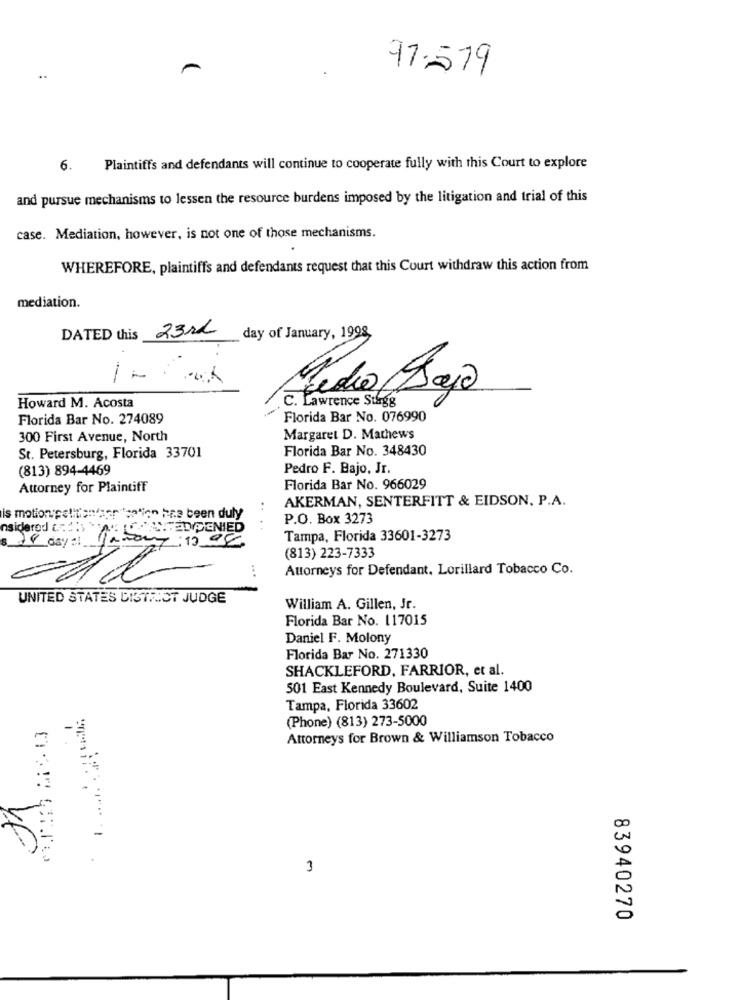
91.579
6.
Plaintiffs and defendants will continue to cooperate fully with this Court to explore
and pursue mechanisms to lessen the resource burdens imposed by the litigation and trial of this
case. Mediation, however, is not one of those mechanisms.
WHEREFORE, plaintiffs and defendants request that this Court withdraw this action from
mediation.
23rd
DATED this
day of January, 1998
c. Lawrence Stagg
Howard M. Acosta
Medio Bajo
Florida Bar No. 274089
Florida Bar No. 076990
300 First Avenue, North
Margaret D. Mathews
Florida Bar No. 348430
St. Petersburg, Florida 33701
(813) 894-4469
Pedro F. Bajo, Jr.
Attorney for Plaintiff
Florida Bar No. 966029
AKERMAN, SENTERFITT & EIDSON. P.A.
..
is motion petition sanitation has been duly
P.O. Box 3273
nsidered 2 :!!
GUTTED DENIED
Bizony : 1998
Tampa, Florida 33601-3273
24 days1
(813) 223-7333
...
Attorneys for Defendant. Lorillard Tobacco Co.
UNITED STATES DISTRICT JUDGE
William A. Gillen, Jr.
Florida Bar No. 117015
Daniel F. Molony
Florida Bar No. 271330
SHACKLEFORD, FARRIOR, et al.
501 East Kennedy Boulevard, Suite 1400
Tampa, Florida 33602
(Phone) (813) 273-5000
Attorneys for Brown & Williamson Tobacco
3
83940270